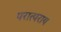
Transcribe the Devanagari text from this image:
परात्पराय